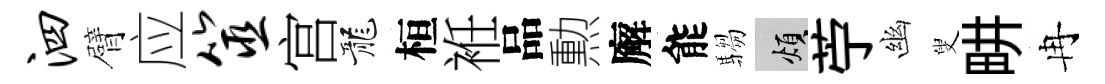
泗臂应筮宫龍桓袵品勲廨能騶煩苧幽叟畊冉